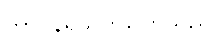
တာဝန်ရှိသူကပြောသည်